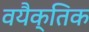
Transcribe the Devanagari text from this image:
वयैक्तिक